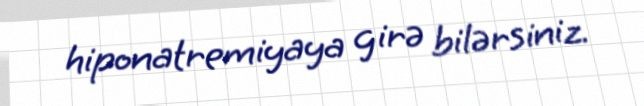
hiponatremiyaya girə bilərsiniz.